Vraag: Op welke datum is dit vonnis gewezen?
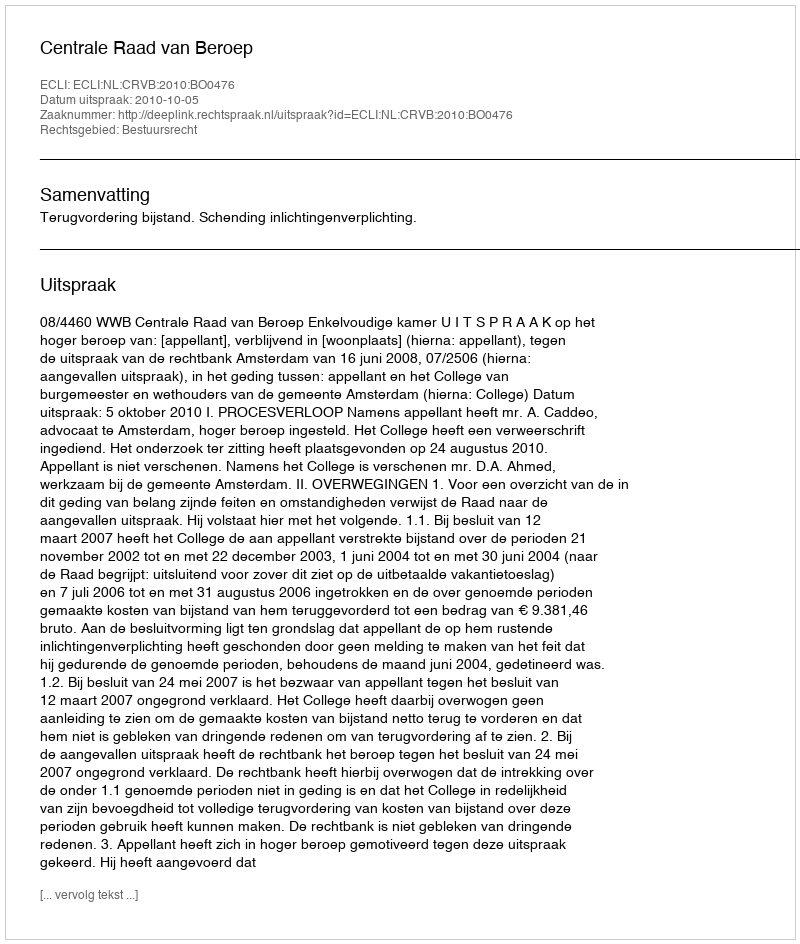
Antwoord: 2010-10-05